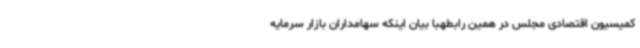
کمیسیون اقتصادی مجلس در همین رابطهبا بیان اینکه سهامداران بازار سرمایه